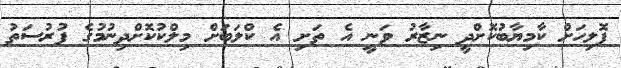
ޕޮލިހަށް ކާމިޔާބުކޮށްދީ ނިޒާރު ވަނީ އެ ތަށި އެ ކްލަބަށް މިލްކުކޮށްދިނުމުގެ ފުރުސަތު